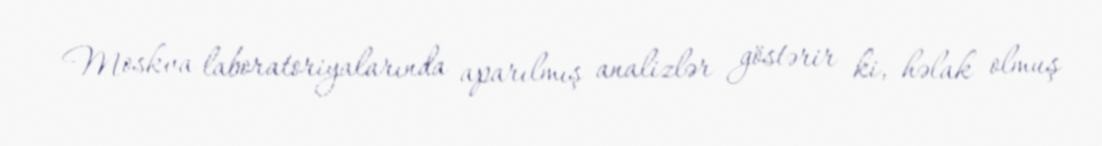
Moskva laboratoriyalarında aparılmış analizlər göstərir ki, həlak olmuş